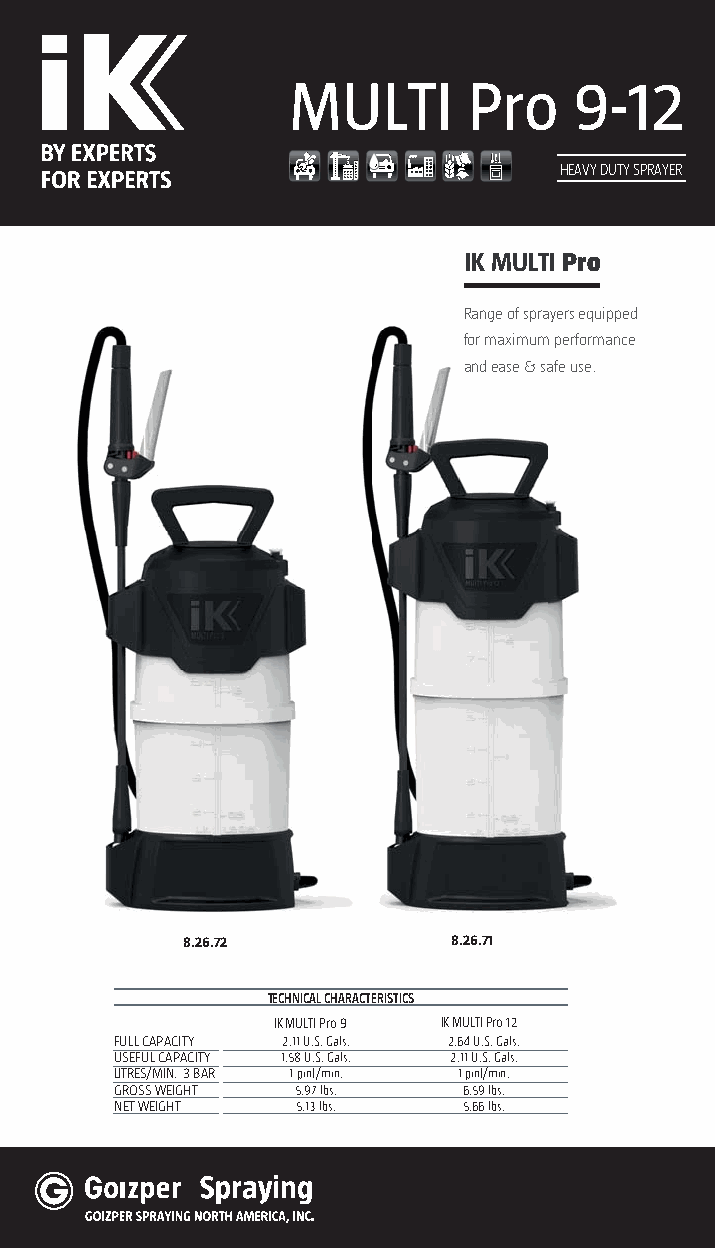
MULTI      Pro    9-12
 HEAVY DUTY SPRAYER
 IK MULTI Pro
 Range of sprayers equipped
 for maximum performance
 and ease & safe use.
 8.26.72           8.26.71
 TECHNICAL CHARACTERISTICS
 IK MULTI Pro 9 IK MULTI Pro 12
 FULL CAPACITY 2.11 U.S. Gals. 2.64 U.S. Gals.
 USEFUL CAPACITY 1.58 U.S. Gals. 2.11 U.S. Gals.
 LITRES/MIN. 3 BAR 1 pint/min. 1 pint/min.
 GROSS WEIGHT 5.97 lbs. 6.59 lbs.
 NET WEIGHT  5.13 lbs.  5.66 lbs.